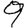
Digit: 9